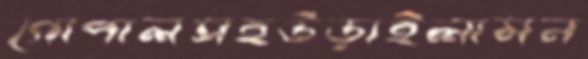
গোপালসহউড়াইলামন